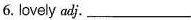
6. lovely adj. ___